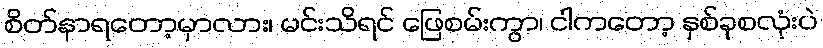
စိတ်နာရတော့မှာလား၊ မင်းသိရင် ဖြေစမ်းကွာ၊ ငါကတော့ နှစ်ခုစလုံးပဲ